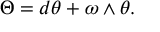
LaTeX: \Theta = d \theta + \omega \wedge \theta .